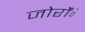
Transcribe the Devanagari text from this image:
जोरोंंं